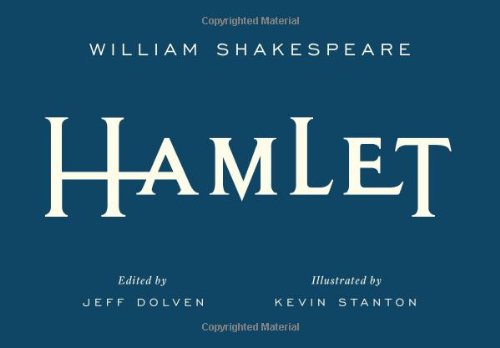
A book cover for Hamlet (Signature Shakespeare); William Shakespeare; Literature & Fiction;